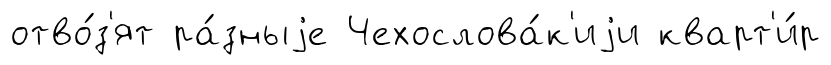
отво́з'ят ра́зныjе Чехослова́к'иjи кварт'и́р